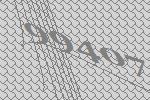
99407